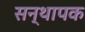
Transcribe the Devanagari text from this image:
सन्थापक